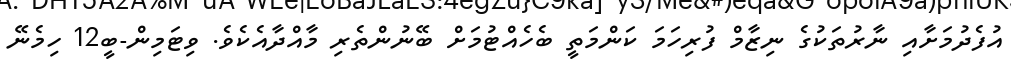
އުފެދުމަށާއި ނާރުތަކުގެ ނިޒާމް ފުރިހަމަ ކަންމަތީ ބެހެއްޓުމަށް ބޭނުންތެރި މާއްދާއެކެވެ. ވިޓަމިން-ބީ12 ހިމެނޭ